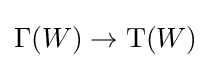
\Gamma (W)\rightarrow \mathrm {T} (W)